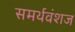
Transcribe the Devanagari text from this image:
समर्थवंशज